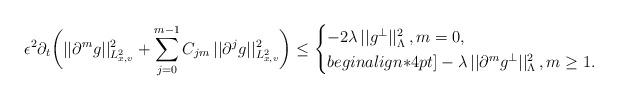
LaTeX: \begin{align*}\displaystyle \epsilon^2 \partial_t \bigg(||\partial^m g||_{L^2_{x,v}}^2 + \sum_{j=0}^{m-1}C_{jm}\, ||\partial^j g||_{L^2_{x,v}}^2\bigg) \leq \begin{cases} -2\lambda\, ||g^{\perp}||_{\Lambda}^2\,,m=0, \\begin{align*}4pt] - \lambda\, ||\partial^m g^{\perp}||_{\Lambda}^2 \,,m\geq 1. \end{cases} \end{align*}